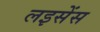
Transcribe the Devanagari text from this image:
लइसेंस